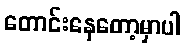
တောင်းနေတော့မှာပါ